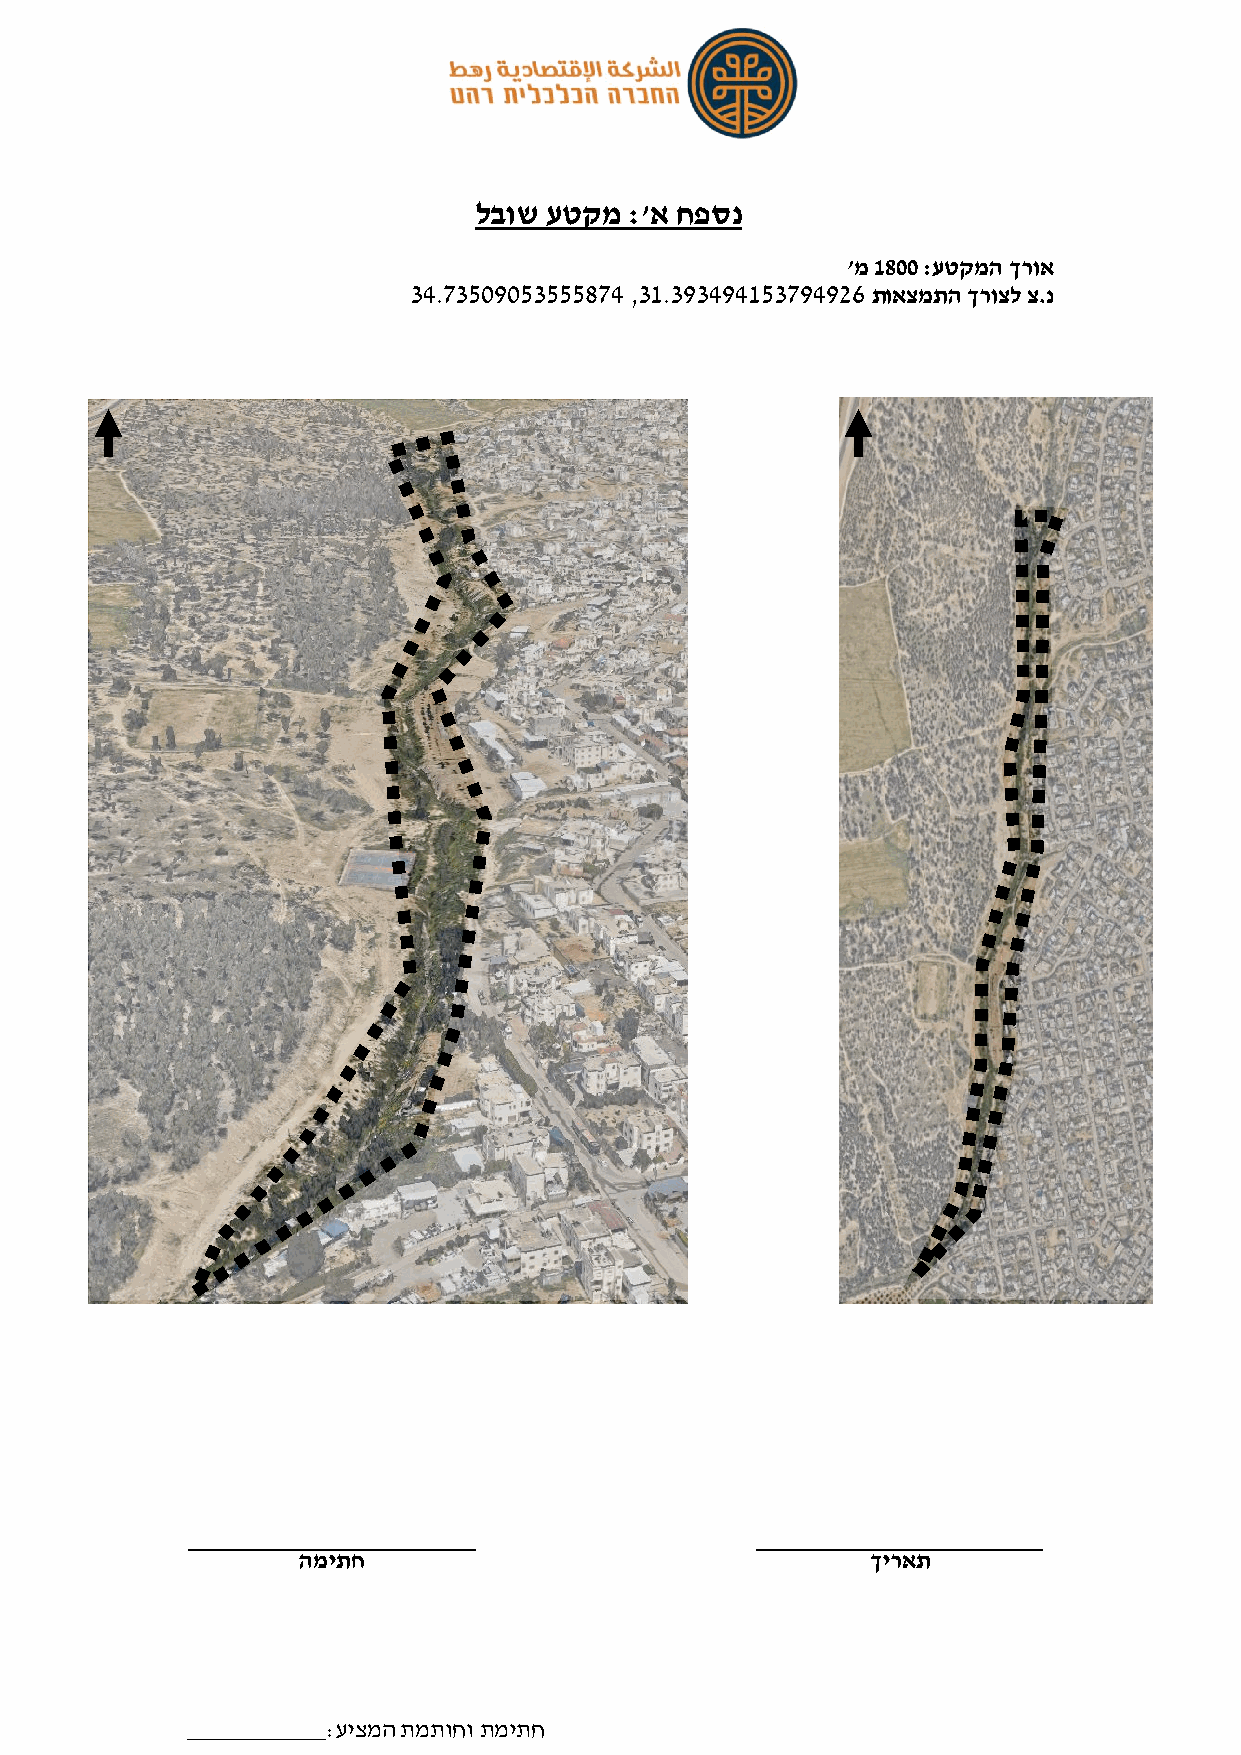
לבוש עטקמ  :'א חפסנ
 'מ 1800 :עטקמה ךרוא
 34.73509053555874 ,31.393494153794926 תואצמתה ךרוצל צ.נ
 המיתח                                 ךיראת
 ___________:עיצמה תמתוחו תמיתח